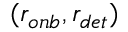
( r _ { o n b } , r _ { d e t } )